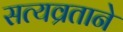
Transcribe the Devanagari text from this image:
सत्यव्रताने